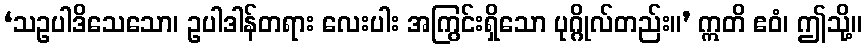
‘သဥပါဒိသေသော၊ ဥပါဒါန်တရား လေးပါး အကြွင်းရှိသော ပုဂ္ဂိုလ်တည်း။’ ဣတိ ဧဝံ၊ ဤသို့။